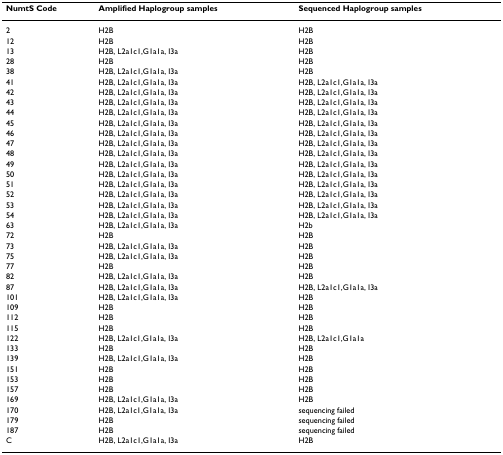
<table><thead><tr><td><b>NumtS Code</b></td><td><b>Amplified Haplogroup samples</b></td><td><b>Sequenced Haplogroup samples</b></td></tr></thead><tbody><tr><td>2</td><td>H2B</td><td>H2B</td></tr><tr><td>12</td><td>H2B</td><td>H2B</td></tr><tr><td>13</td><td>H2B, L2a1c1,G1a1a, I3a</td><td>H2B</td></tr><tr><td>28</td><td>H2B</td><td>H2B</td></tr><tr><td>38</td><td>H2B, L2a1c1,G1a1a, I3a</td><td>H2B</td></tr><tr><td>41</td><td>H2B, L2a1c1,G1a1a, I3a</td><td>H2B, L2a1c1,G1a1a, I3a</td></tr><tr><td>42</td><td>H2B, L2a1c1,G1a1a, I3a</td><td>H2B, L2a1c1,G1a1a, I3a</td></tr><tr><td>43</td><td>H2B, L2a1c1,G1a1a, I3a</td><td>H2B, L2a1c1,G1a1a, I3a</td></tr><tr><td>44</td><td>H2B, L2a1c1,G1a1a, I3a</td><td>H2B, L2a1c1,G1a1a, I3a</td></tr><tr><td>45</td><td>H2B, L2a1c1,G1a1a, I3a</td><td>H2B, L2a1c1,G1a1a, I3a</td></tr><tr><td>46</td><td>H2B, L2a1c1,G1a1a, I3a</td><td>H2B, L2a1c1,G1a1a, I3a</td></tr><tr><td>47</td><td>H2B, L2a1c1,G1a1a, I3a</td><td>H2B, L2a1c1,G1a1a, I3a</td></tr><tr><td>48</td><td>H2B, L2a1c1,G1a1a, I3a</td><td>H2B, L2a1c1,G1a1a, I3a</td></tr><tr><td>49</td><td>H2B, L2a1c1,G1a1a, I3a</td><td>H2B, L2a1c1,G1a1a, I3a</td></tr><tr><td>50</td><td>H2B, L2a1c1,G1a1a, I3a</td><td>H2B, L2a1c1,G1a1a, I3a</td></tr><tr><td>51</td><td>H2B, L2a1c1,G1a1a, I3a</td><td>H2B, L2a1c1,G1a1a, I3a</td></tr><tr><td>52</td><td>H2B, L2a1c1,G1a1a, I3a</td><td>H2B, L2a1c1,G1a1a, I3a</td></tr><tr><td>53</td><td>H2B, L2a1c1,G1a1a, I3a</td><td>H2B, L2a1c1,G1a1a, I3a</td></tr><tr><td>54</td><td>H2B, L2a1c1,G1a1a, I3a</td><td>H2B, L2a1c1,G1a1a, I3a</td></tr><tr><td>63</td><td>H2B, L2a1c1,G1a1a, I3a</td><td>H2b</td></tr><tr><td>72</td><td>H2B</td><td>H2B</td></tr><tr><td>73</td><td>H2B, L2a1c1,G1a1a, I3a</td><td>H2B</td></tr><tr><td>75</td><td>H2B, L2a1c1,G1a1a, I3a</td><td>H2B</td></tr><tr><td>77</td><td>H2B</td><td>H2B</td></tr><tr><td>82</td><td>H2B, L2a1c1,G1a1a, I3a</td><td>H2B</td></tr><tr><td>87</td><td>H2B, L2a1c1,G1a1a, I3a</td><td>H2B, L2a1c1,G1a1a, I3a</td></tr><tr><td>101</td><td>H2B, L2a1c1,G1a1a, I3a</td><td>H2B</td></tr><tr><td>109</td><td>H2B</td><td>H2B</td></tr><tr><td>112</td><td>H2B</td><td>H2B</td></tr><tr><td>115</td><td>H2B</td><td>H2B</td></tr><tr><td>122</td><td>H2B, L2a1c1,G1a1a, I3a</td><td>H2B, L2a1c1,G1a1a</td></tr><tr><td>133</td><td>H2B</td><td>H2B</td></tr><tr><td>139</td><td>H2B, L2a1c1,G1a1a, I3a</td><td>H2B</td></tr><tr><td>151</td><td>H2B</td><td>H2B</td></tr><tr><td>153</td><td>H2B</td><td>H2B</td></tr><tr><td>157</td><td>H2B</td><td>H2B</td></tr><tr><td>169</td><td>H2B, L2a1c1,G1a1a, I3a</td><td>H2B</td></tr><tr><td>170</td><td>H2B, L2a1c1,G1a1a, I3a</td><td>sequencing failed</td></tr><tr><td>179</td><td>H2B</td><td>sequencing failed</td></tr><tr><td>187</td><td>H2B</td><td>sequencing failed</td></tr><tr><td>C</td><td>H2B, L2a1c1,G1a1a, I3a</td><td>H2B</td></tr></tbody></table>